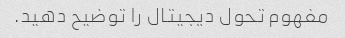
مفهوم تحول دیجیتال را توضیح دهید.